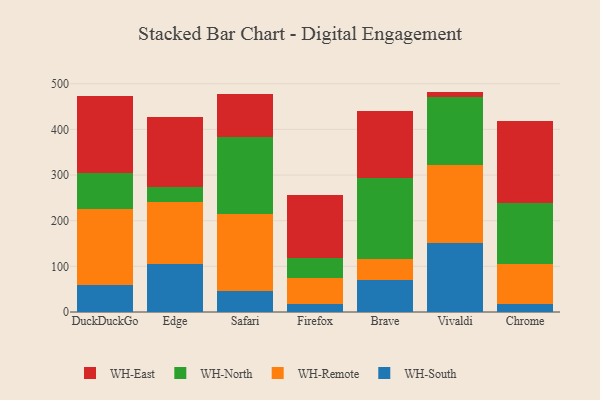
{"axis": {"x": "Browser", "y": "Production Output"}, "legend": ["WH-East", "WH-North", "WH-Remote", "WH-South"], "data": [{"x": "DuckDuckGo", "y": 58.2, "type": "WH-South"}, {"x": "DuckDuckGo", "y": 168.3, "type": "WH-Remote"}, {"x": "DuckDuckGo", "y": 77.1, "type": "WH-North"}, {"x": "DuckDuckGo", "y": 169.4, "type": "WH-East"}, {"x": "Edge", "y": 104.8, "type": "WH-South"}, {"x": "Edge", "y": 136.4, "type": "WH-Remote"}, {"x": "Edge", "y": 31.6, "type": "WH-North"}, {"x": "Edge", "y": 155.1, "type": "WH-East"}, {"x": "Safari", "y": 46.7, "type": "WH-South"}, {"x": "Safari", "y": 168.5, "type": "WH-Remote"}, {"x": "Safari", "y": 168.7, "type": "WH-North"}, {"x": "Safari", "y": 92.9, "type": "WH-East"}, {"x": "Firefox", "y": 18.0, "type": "WH-South"}, {"x": "Firefox", "y": 56.9, "type": "WH-Remote"}, {"x": "Firefox", "y": 44.2, "type": "WH-North"}, {"x": "Firefox", "y": 136.5, "type": "WH-East"}, {"x": "Brave", "y": 70.8, "type": "WH-South"}, {"x": "Brave", "y": 46.3, "type": "WH-Remote"}, {"x": "Brave", "y": 177.4, "type": "WH-North"}, {"x": "Brave", "y": 146.2, "type": "WH-East"}, {"x": "Vivaldi", "y": 151.6, "type": "WH-South"}, {"x": "Vivaldi", "y": 170.7, "type": "WH-Remote"}, {"x": "Vivaldi", "y": 149.2, "type": "WH-North"}, {"x": "Vivaldi", "y": 11.3, "type": "WH-East"}, {"x": "Chrome", "y": 18.2, "type": "WH-South"}, {"x": "Chrome", "y": 86.7, "type": "WH-Remote"}, {"x": "Chrome", "y": 133.4, "type": "WH-North"}, {"x": "Chrome", "y": 180.0, "type": "WH-East"}]}